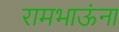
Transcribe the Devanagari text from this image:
रामभाऊंना